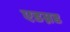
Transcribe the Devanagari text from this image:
एडम्नड